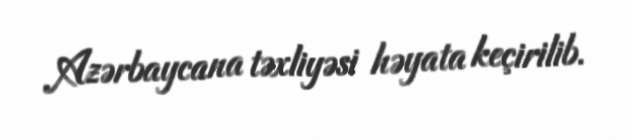
Azərbaycana təxliyəsi həyata keçirilib.